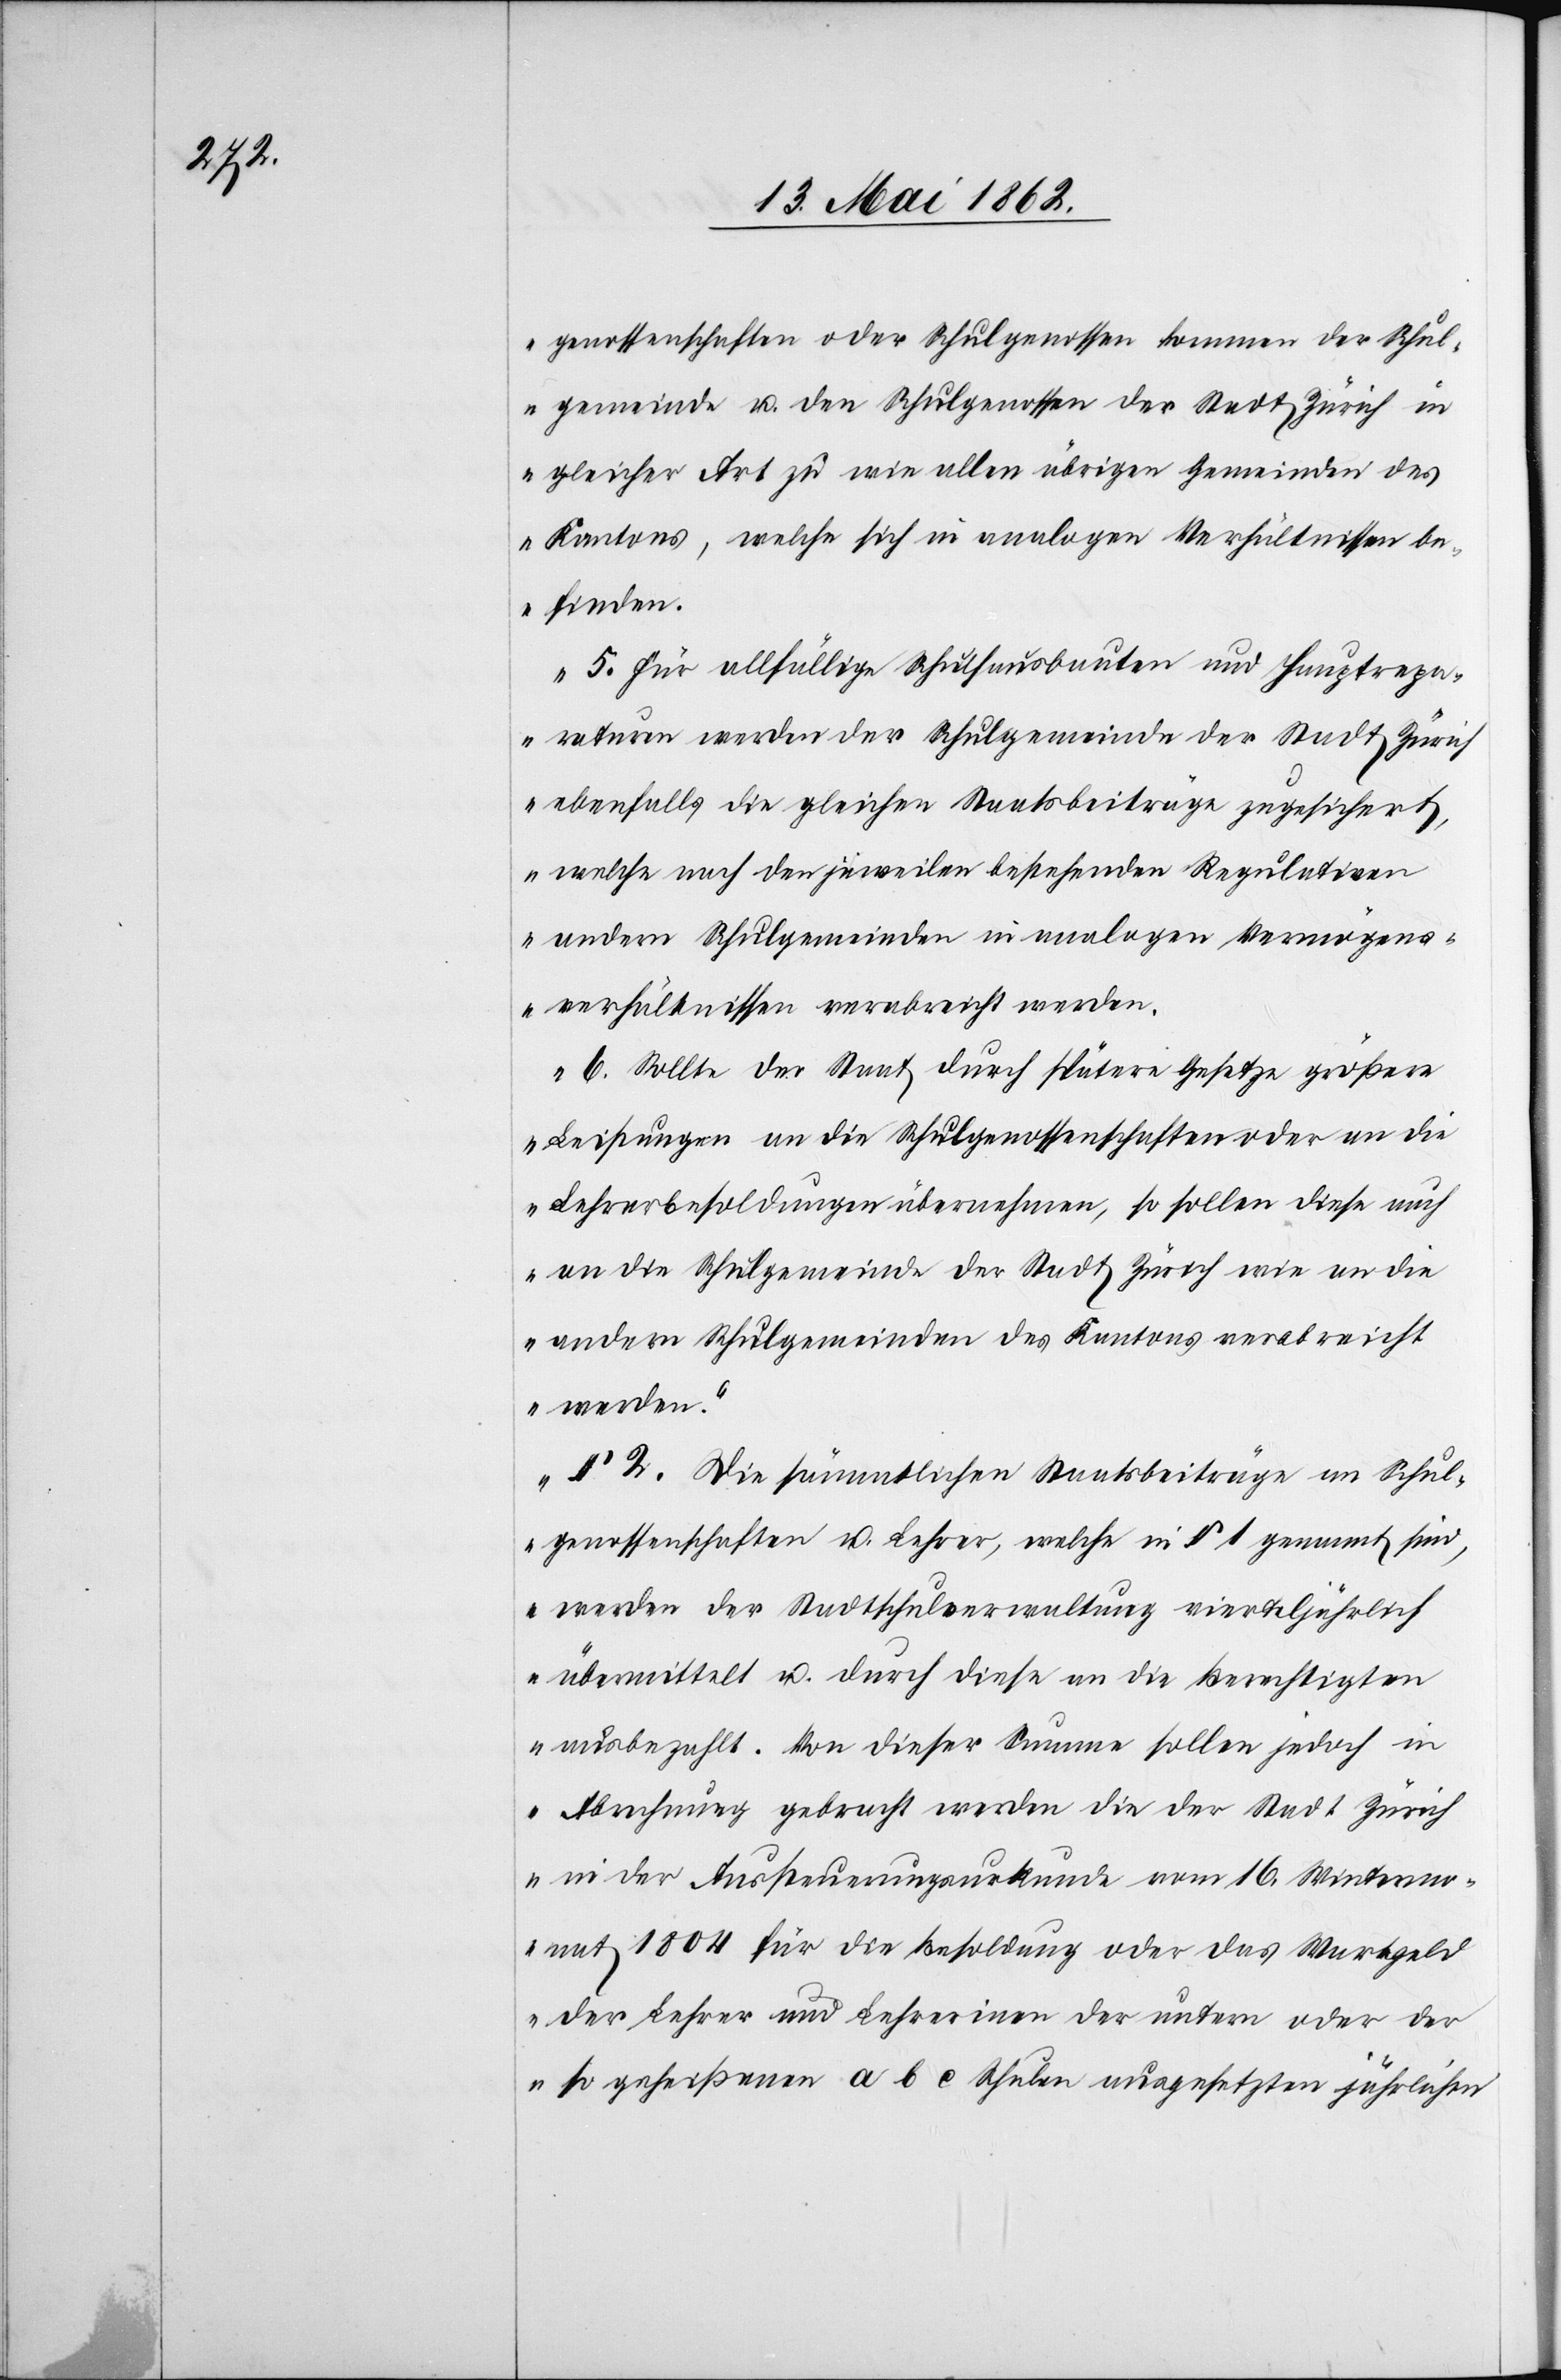
genossenschaften oder Schulgenossen kommen der Schul¬
gemeinde u. den Schulgenossen der Stadt Zürich in
gleicher Art zu wie allen übrigen Gemeinden des
Kantons, welche sich in analogen Verhältnissen be¬
finden.
5. Für allfällige Schulausbauten und Hauptrepa¬
raturen werden der Schulgemeinde der Stadt Zürich
ebenfalls die gleichen Staatsbeiträge zugesichert,
welche nach den jeweiligen bestehenden Regulationen
andern Schulgemeinden in analogen Vermögens¬
verhältnissen verabreicht werden.
6. Sollte der Staat durch spätere Gesetze größere
Leistungen an die Schulgenossenschaften oder an die
Lehrerbesoldungen übernehmen, so sollen diese auch
an die Schulgemeinde der Stadt Zürich wie an die
andern Schulgemeinden des Kantons verabreicht
werden.
§ 2. Die sämmtlichen Staatsbeiträge an Schul¬
genossenschaften u. Lehrer, welche in § 1 genannt sind,
werden der Stadtschulverwaltung vierteljährlich
übermittelt u. durch diese an die berechtigten
ausbezahlt. Von dieser Summe sollen jedoch in
Abrechnung gebracht werden die der Staat Zürich
in der Aussteuerungsurkunde vom 16. Wintermo¬
nat 1804 für die Besoldung oder das Wartgel¬
d der Lehrer und Lehrerin[n]en der untern oder der
so geheißenen a b c Schulen ausgesetzten jährlichen